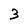
Character: 3